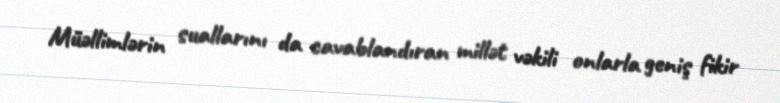
Müəllimlərin suallarını da cavablandıran millət vəkili onlarla geniş fikir